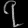
Digit: ၇